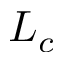
L _ { c }